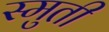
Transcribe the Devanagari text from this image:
स्मुती